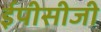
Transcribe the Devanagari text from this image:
ईपीसीजी